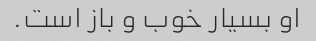
او بسیار خوب و باز است.